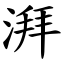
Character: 湃